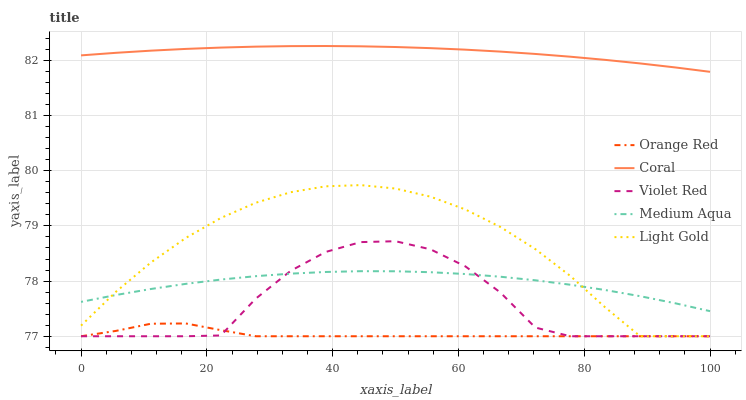
| xaxis_label | Orange Red | Coral | Violet Red | Medium Aqua | Light Gold |
 | --- | --- | --- | --- | --- | --- |
 | 0 | 77 | 82.1 | 77 | 77.6 | 77.2 |
 | 5.56 | 77.1 | 82.1 | 77 | 77.7 | 77.8 |
 | 11.1 | 77.2 | 82.2 | 77 | 77.9 | 78.3 |
 | 16.7 | 77.2 | 82.2 | 77 | 77.9 | 78.8 |
 | 22.2 | 77.1 | 82.2 | 77 | 78 | 79.1 |
 | 27.8 | 77 | 82.2 | 77.7 | 78.1 | 79.4 |
 | 33.3 | 77 | 82.3 | 78.2 | 78.1 | 79.6 |
 | 38.9 | 77 | 82.3 | 78.5 | 78.2 | 79.7 |
 | 44.4 | 77 | 82.3 | 78.7 | 78.2 | 79.7 |
 | 50 | 77 | 82.2 | 78.7 | 78.2 | 79.7 |
 | 55.6 | 77 | 82.2 | 78.6 | 78.2 | 79.5 |
 | 61.1 | 77 | 82.2 | 78.3 | 78.1 | 79.3 |
 | 66.7 | 77 | 82.2 | 77.8 | 78.1 | 79 |
 | 72.2 | 77 | 82.1 | 77.2 | 78 | 78.6 |
 | 77.8 | 77 | 82.1 | 77 | 77.9 | 78.1 |
 | 83.3 | 77 | 82 | 77 | 77.8 | 77.5 |
 | 88.9 | 77 | 81.9 | 77 | 77.7 | 77 |
 | 94.4 | 77 | 81.9 | 77 | 77.6 | 77 |
 | 100 | 77 | 81.8 | 77 | 77.5 | 77 |